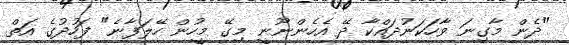
"ދެން މާގިނަ ވާހަކަނުދައްކާ ދޭ އެހެންނޫނީ މިގޭ މީހުން ހޭލަފާނެ" ފަހުދުގެ އަތް